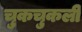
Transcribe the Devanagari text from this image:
चुकचुकली